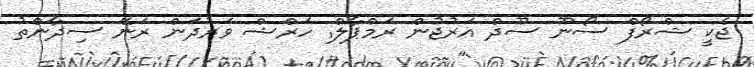
ޖެކީ ޝްރޯފް ސޯނޫ ސޫދް އަރުޖުން ރަމްޕާލް